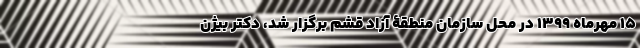
۱۵ مهرماه ۱۳۹۹ در محل سازمان منطقۀ آزاد قشم برگزار شد، دکتر بیژن